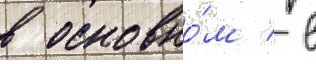
в основно́м / в